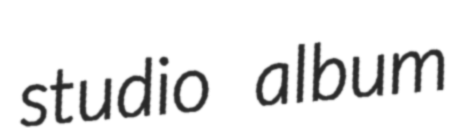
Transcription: studio album